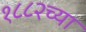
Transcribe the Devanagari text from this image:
१८८२च्या